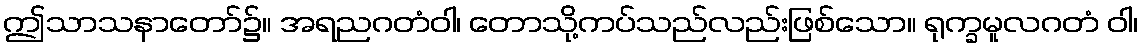
ဤသာသနာတော်၌။ အရညဂတံဝါ၊ တောသို့ကပ်သည်လည်းဖြစ်သော။ ရုက္ခမူလဂတံ ဝါ၊